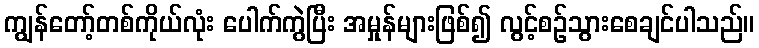
ကျွန်တော့်တစ်ကိုယ်လုံး ပေါက်ကွဲပြီး အမှုန်များဖြစ်၍ လွင့်စဉ်သွားစေချင်ပါသည်။